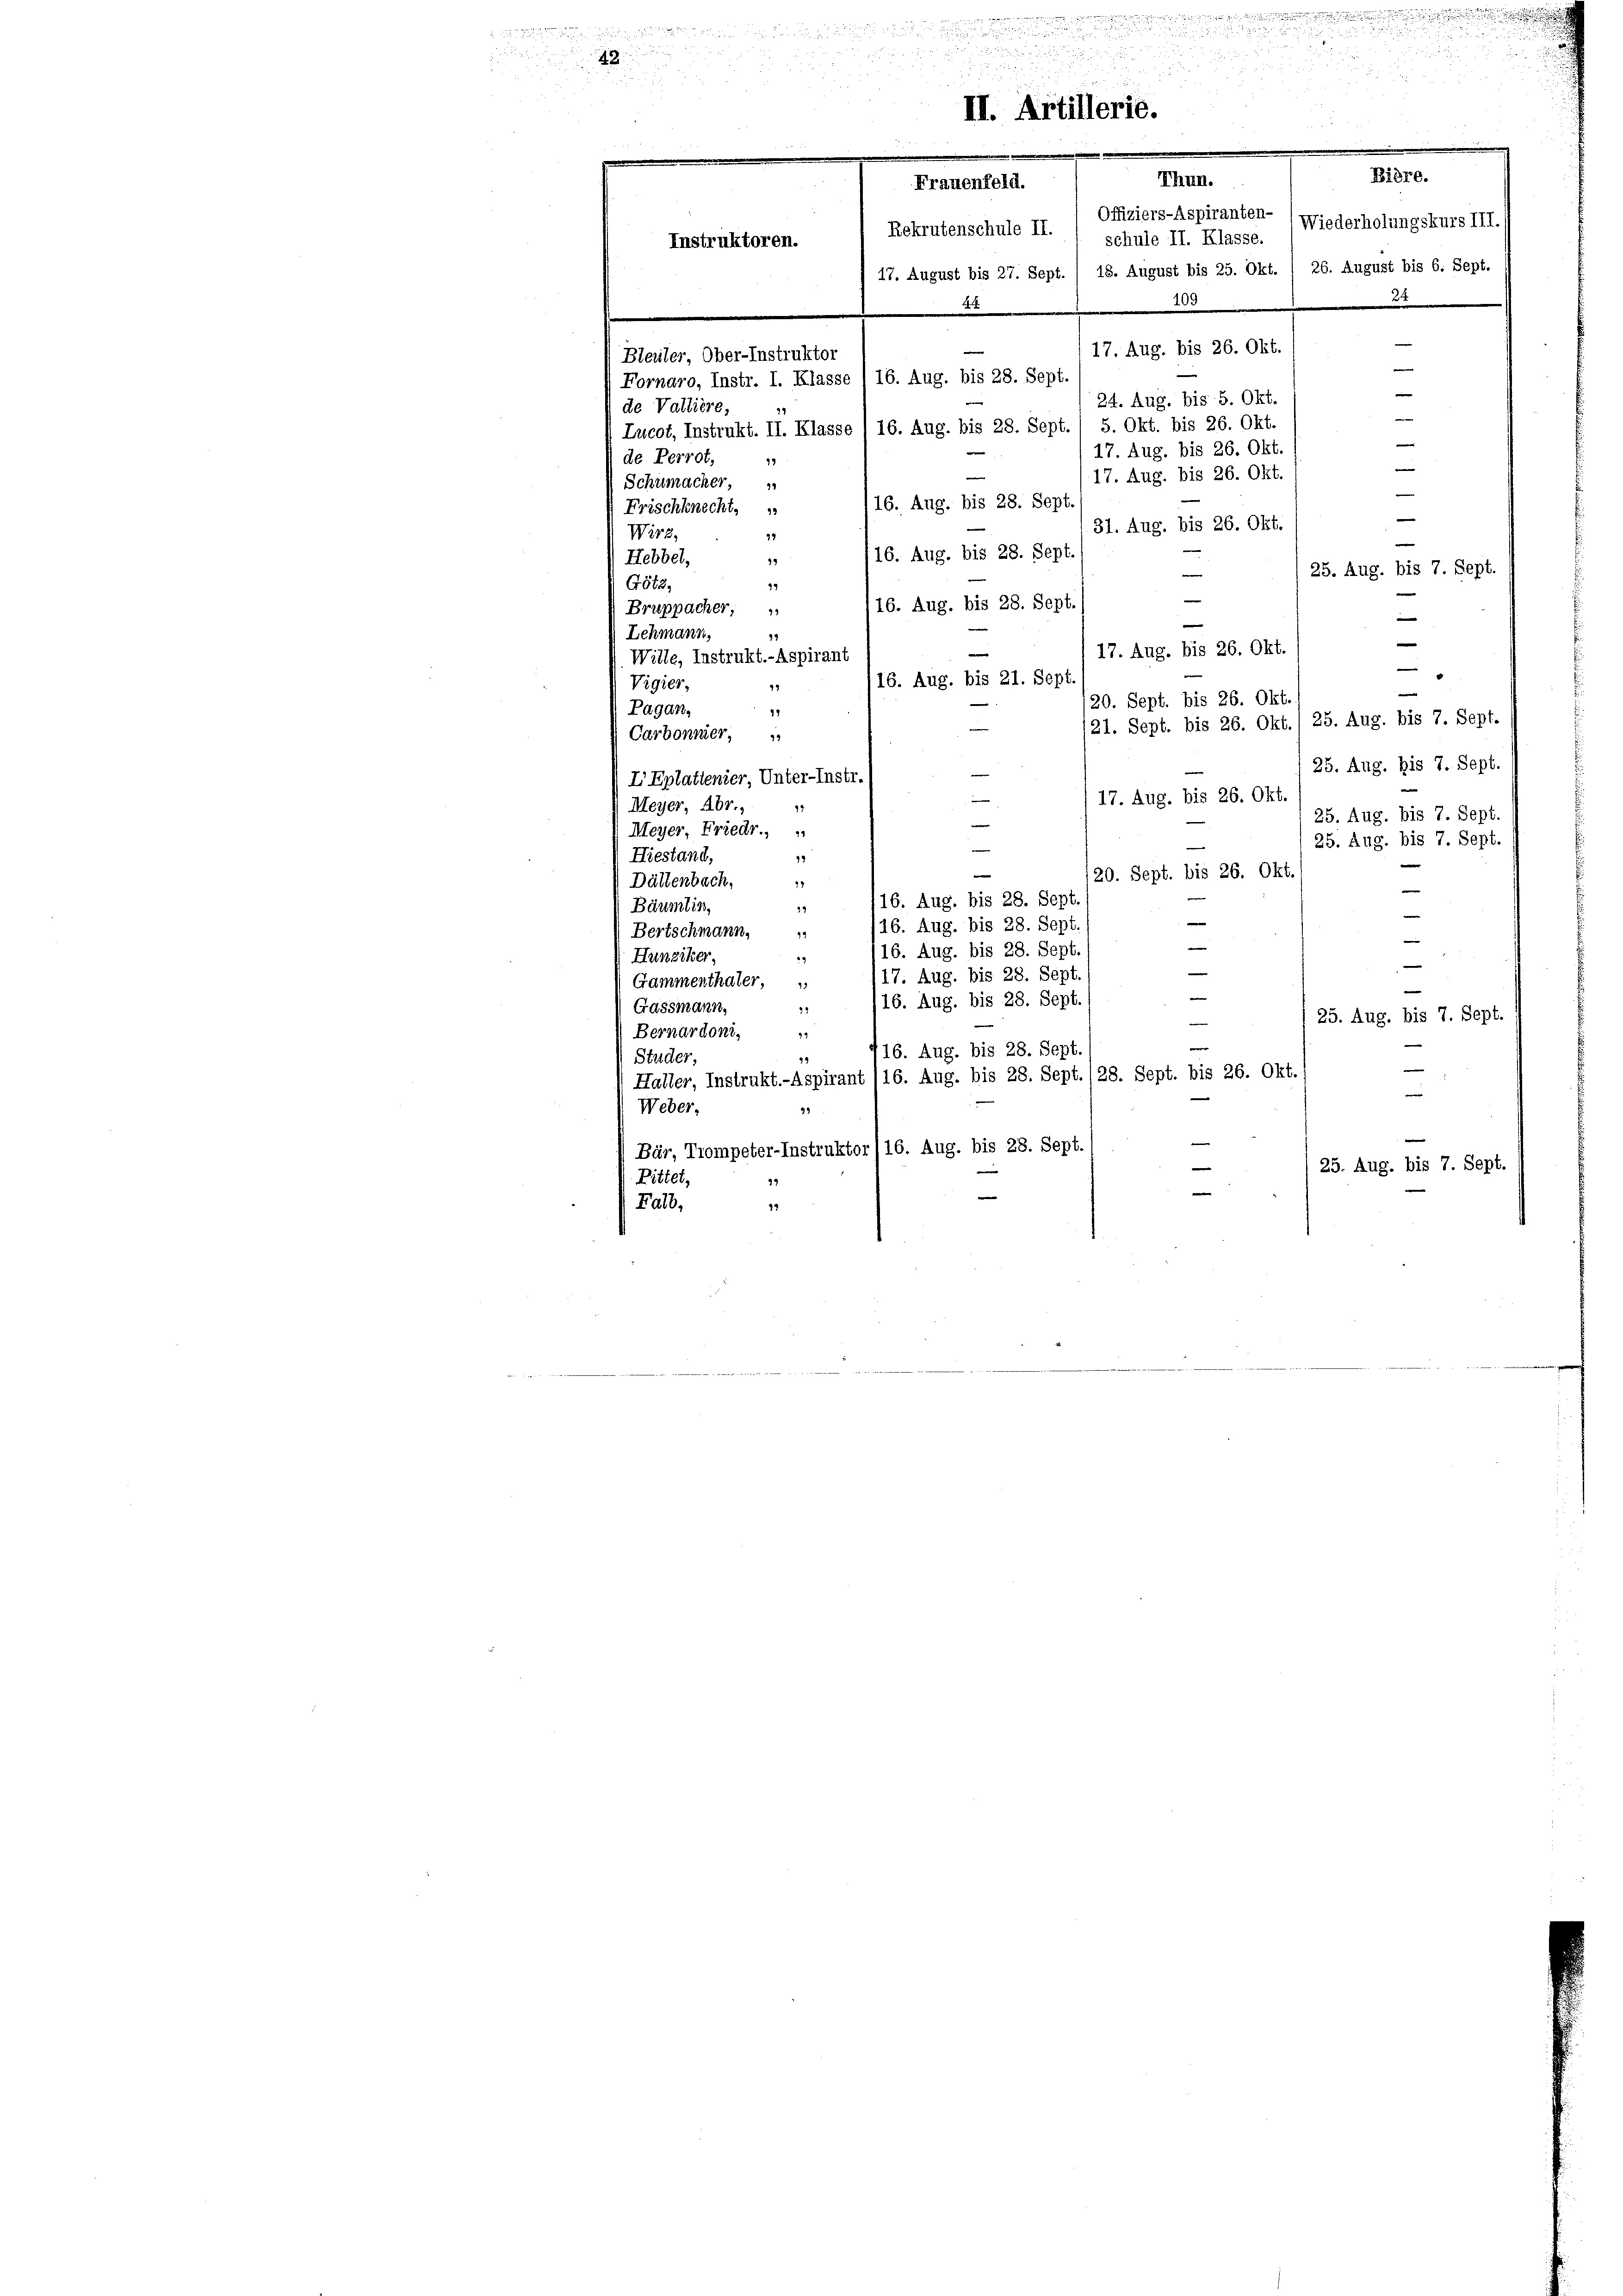
42

Rekrutenschule II. 1 schule II. Klasse.
27
Bleuler, Ober-Instruktor
Fornaro, Instr. I. Klasse I 16. Aug. bis 28. Sept.
de Vallière,
Lucot, Instrukt. II. Klasse , 16. Aug. bis 28. Sept. 1 5. Okt. bis 26. Okt.
de Perrot,
12
Schumacher,
16. Aug. bis 28. Sept
Frischknecht.
31. Aug. bis 26. Okt.
Wirz.
37
116. Aug. bis 28. Sept.
Hebbel,
19
25. Aug. bis 7. Sept.
e
19
Götz,
/16. Aug. bis 28. Sept.
Bruppacher;
—
e
Lehmann,
94
e
17. Aug. bis 26. Okt.
e
Wille, Instrukt.-Aspirant
.
16. Aug. bis 21. Sept
Vigier,
47
20. Sept. bis 26. Okt.
Pagan,
17
/21. Sept. bis 26. Okt./ 25. Aug. bis 7. Sept.
e
Carbonner,
25. Aug. bis 7. Sept.
e
IEplattenier, Unter-Instr.
—
17. Aug. bis 26. Okt.
Meyer, Abr.,
17
25. Aug. bis 7. Sept.
e
Meyer, Friedr.,
25. Aug. bis 7. Sept.
—
Hiestand,
19
e
20. Sept. bis 26. Okt
Dättenbach,
17
e
16. Aug. bis 28. Sept.
19
Bäumlin,

—
16. Aug. bis 28. Sept./
Bertschmann.
.
—
116. Aug. bis 28. Sept.
7
Hunziker,
e
e
17. Aug. bis 28. Sept.
Gammenthäter,
e
|
16. Aug. bis 28. Sept.
Gassmann,
11
25. Aug. bis 7. Sept.
e
Bernardoni,
49
r
16. Aug. bis 28. Sept
Studer,
Haller, Instrukt.-Aspirant 116. Aug. bis 28. Sept. (28. Sept. bis 26. Okt.
e
e
29
Weber,

Bär, Trompeter-Instruktor /16. Aug. bis 28. Sept.
25. Aug. bis 7. Sept.
Rittet,
99
e
Falb,
94

Instruktoren.

II. Artillerie.
Frauenfeld.

Bidre.
Thun.
Offiziers-Aspiranten- (Wiederholungskurs III.)
17. August bis 27. Sept. / 18. August bis 25. Okt. 1 26. August bis 6. Sept.
.
109
—
17. Aug. bis 26. Okt.
e
e
24. Aug. bis 5. Okt.
17. Aug. bis 26. Okt.
—
17. Aug. bis 26. Okt.

u
2